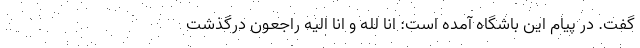
گفت. در پیام این باشگاه آمده است: انا لله و انا الیه راجعون درگذشت